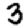
Digit: 3